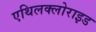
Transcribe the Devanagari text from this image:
एथिलक्लोराइड